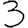
Digit: 3